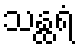
သန္ထရံ